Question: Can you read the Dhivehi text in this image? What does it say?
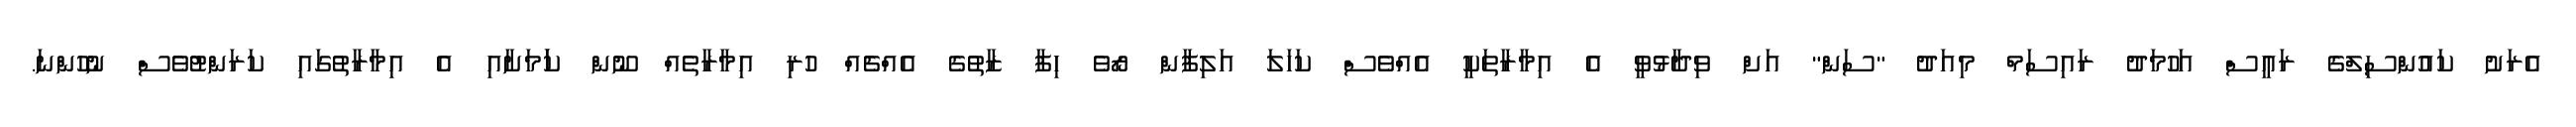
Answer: އެރަށު ކައުންސިލްގެ ރައީސް އަހުމަދު ރައިސަމް މިއަދު "ސަން" އަށް ވިދާޅުވީ އެ އިމާރާތަކީ އެއްވެސް ކަހަލަ އަލިފާން ރޯވެ ހިފާ ޒާތުގެ އެއްޗެއް ހުރި އިމާރާތެއް ނޫން ކަަމަށާއި އެ އިމާރާތުގައި ކަރަންޓުވެސް ނުހުންނަ.